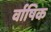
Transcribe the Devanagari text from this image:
र्वाषिक